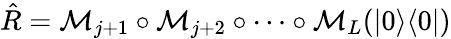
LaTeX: \hat{R}=\mathcal{M}_{j+1}\circ\mathcal{M}_{j+2}\circ\dotsb\circ\mathcal{M}_{L}(|0\rangle\langle 0|)